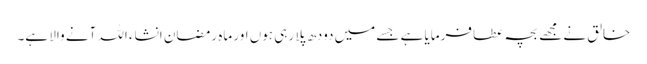
خالق نے مجھے بچہ عطا فرمایا ہے جسے میں دودھ پلا رہی ہوں اور ماہ رمضان انشاء اللہ آنے والا ہے۔